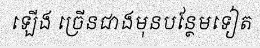
ឡើង ច្រើនជាងមុនបន្ថែមទៀត